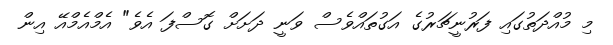
މި މުއްދަތުގައި ފަރުނީޗަރުގެ އަގުތައްވެސް ވަނީ ދަށަށް ގޮސްފަ އެވެ" އެމްއެމްއޭ އިން